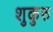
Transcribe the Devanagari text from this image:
शुकुरु